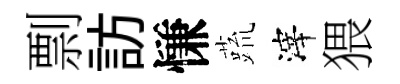
剽訪慊蔬滓猥